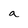
Character: a